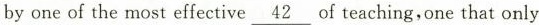
by one of the most effective\underline{42} of teaching,one that only